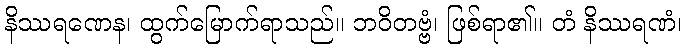
နိဿရဏေန၊ ထွက်မြောက်ရာသည်။ ဘဝိတဗ္ဗံ၊ ဖြစ်ရာ၏။ တံ နိဿရဏံ၊